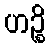
ဟဉ္စိ